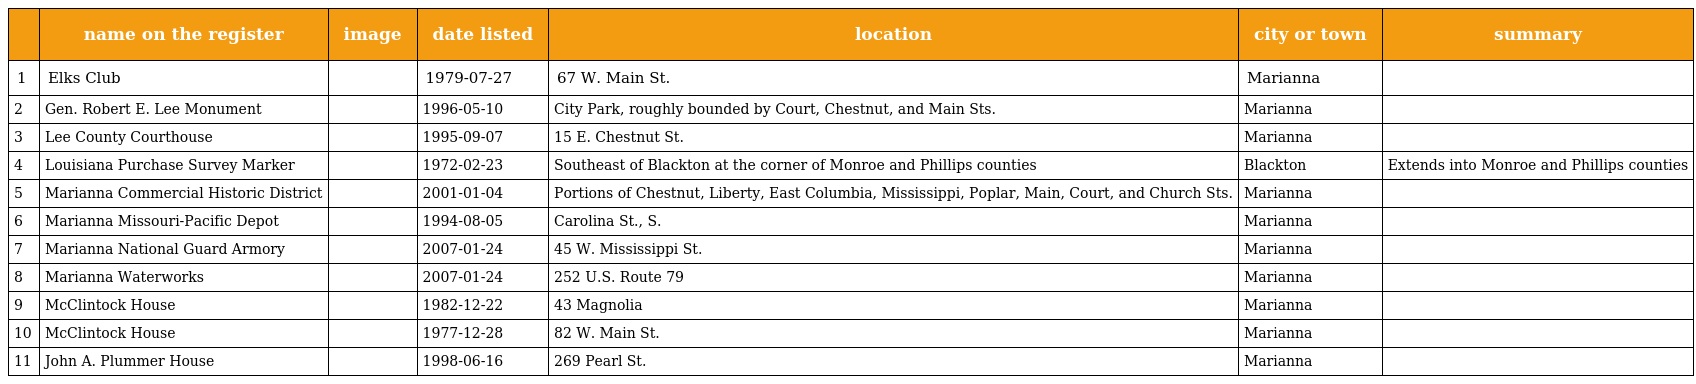
|  | name on the register | image | date listed | location | city or town | summary |
 | --- | --- | --- | --- | --- | --- | --- |
 | 1 | Elks Club |  | 1979-07-27 | 67 W. Main St. | Marianna |  |
 | 2 | Gen. Robert E. Lee Monument |  | 1996-05-10 | City Park, roughly bounded by Court, Chestnut, and Main Sts. | Marianna |  |
 | 3 | Lee County Courthouse |  | 1995-09-07 | 15 E. Chestnut St. | Marianna |  |
 | 4 | Louisiana Purchase Survey Marker |  | 1972-02-23 | Southeast of Blackton at the corner of Monroe and Phillips counties | Blackton | Extends into Monroe and Phillips counties |
 | 5 | Marianna Commercial Historic District |  | 2001-01-04 | Portions of Chestnut, Liberty, East Columbia, Mississippi, Poplar, Main, Court, and Church Sts. | Marianna |  |
 | 6 | Marianna Missouri-Pacific Depot |  | 1994-08-05 | Carolina St., S. | Marianna |  |
 | 7 | Marianna National Guard Armory |  | 2007-01-24 | 45 W. Mississippi St. | Marianna |  |
 | 8 | Marianna Waterworks |  | 2007-01-24 | 252 U.S. Route 79 | Marianna |  |
 | 9 | McClintock House |  | 1982-12-22 | 43 Magnolia | Marianna |  |
 | 10 | McClintock House |  | 1977-12-28 | 82 W. Main St. | Marianna |  |
 | 11 | John A. Plummer House |  | 1998-06-16 | 269 Pearl St. | Marianna |  |